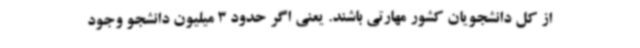
از کل دانشجویان کشور مهارتی باشند. یعنی اگر حدود 3 میلیون دانشجو وجود